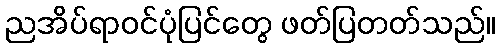
ညအိပ်ရာဝင်ပုံပြင်တွေ ဖတ်ပြတတ်သည်။